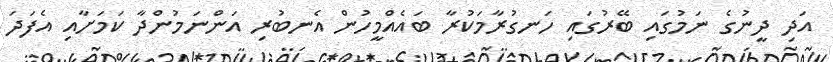
އަދި ދީނުގެ ނަމުގައި ބޭރުގައި ހަނގުރާމަކުރާ ބައެއްމީހުން އެނބުރި އަންނަމުންދާ ކަމަށާއި އެފަދަ